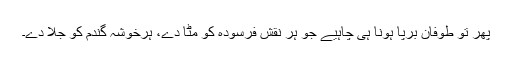
پھر تو طوفان برپا ہونا ہی چاہیے جو ہر نقش فرسودہ کو مٹا دے، ہرخوشہ گندم کو جلا دے۔